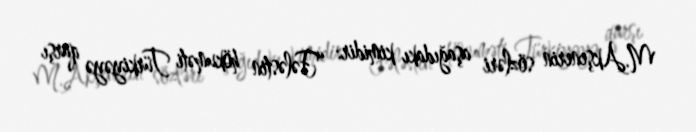
M.Akşenerin sözləri aşağıdakı kimidir: “Fələstin hökuməti Türkiyəyə qarşı